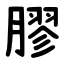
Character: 膠